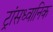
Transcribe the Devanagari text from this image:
ट्रांसध्वानिक